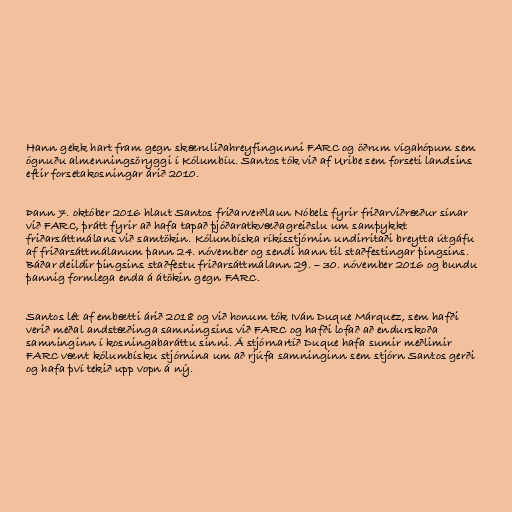
Hann gekk hart fram gegn skæruliðahreyfingunni FARC og öðrum vígahópum sem
ógnuðu almenningsöryggi í Kólumbíu. Santos tók við af Uribe sem forseti landsins
eftir forsetakosningar árið 2010.

Þann 7. október 2016 hlaut Santos friðarverðlaun Nóbels fyrir friðarviðræður sínar
við FARC, þrátt fyrir að hafa tapað þjóðaratkvæðagreiðslu um samþykkt
friðarsáttmálans við samtökin. Kólumbíska ríkisstjórnin undirritaði breytta útgáfu
af friðarsáttmálanum þann 24. nóvember og sendi hann til staðfestingar þingsins.
Báðar deildir þingsins staðfestu friðarsáttmálann 29. – 30. nóvember 2016 og bundu
þannig formlega enda á átökin gegn FARC.

Santos lét af embætti árið 2018 og við honum tók Iván Duque Márquez, sem hafði
verið meðal andstæðinga samningsins við FARC og hafði lofað að endurskoða
samninginn í kosningabaráttu sinni. Á stjórnartíð Duque hafa sumir meðlimir
FARC vænt kólumbísku stjórnina um að rjúfa samninginn sem stjórn Santos gerði
og hafa því tekið upp vopn á ný.